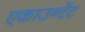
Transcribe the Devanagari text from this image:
एकाउन्टेंट